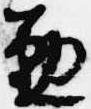
懃